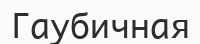
Гаубичная